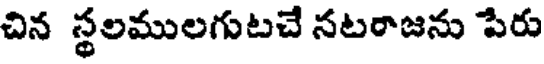
చిన స్థలములగుటచే నటరాజను పేరు